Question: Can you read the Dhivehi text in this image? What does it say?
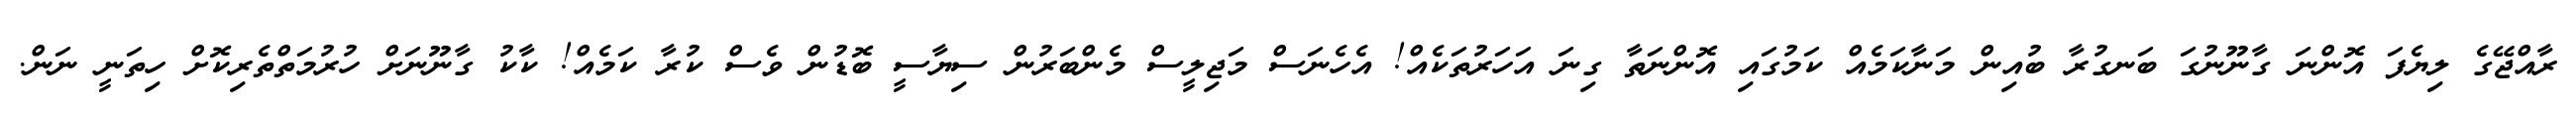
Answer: ރާއްޖޭގެ ލިޔެފަ އޮންނަ ގާނޫނުގަ ބަނގުރާ ބުއިން މަނާކަމެއް ކަމުގައި އޮންނަތާ ގިނަ އަހަރުތަކެއް! އެހެނަސް މަޖިލީސް މެންބަރުން ސިޔާސީ ބޮޑުން ވެސް ކުރާ ކަމެއް! ކާކު ގާނޫނަށް ހުރުމަތްތެރިކޮށް ހިތަނީ ނަން.